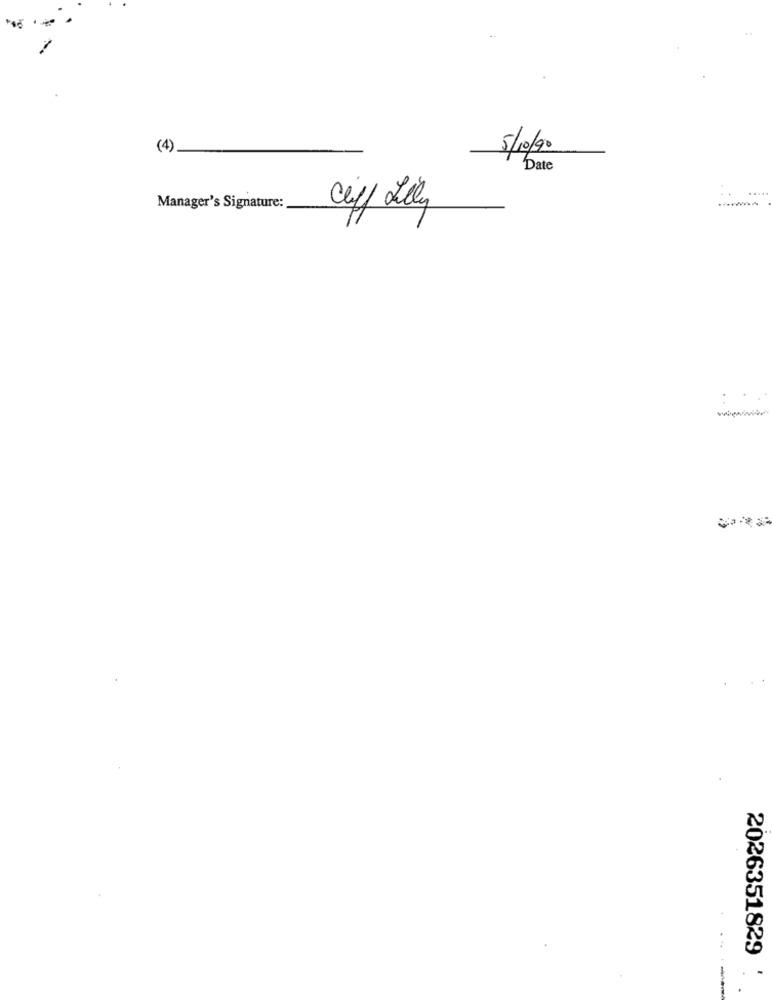
(4)
5/10/90
Date
.....
Manager's Signature:
caff Lilly
:.
2026351829